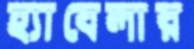
হ্যাবেলার